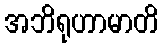
အဘိရုဟာမာတိ